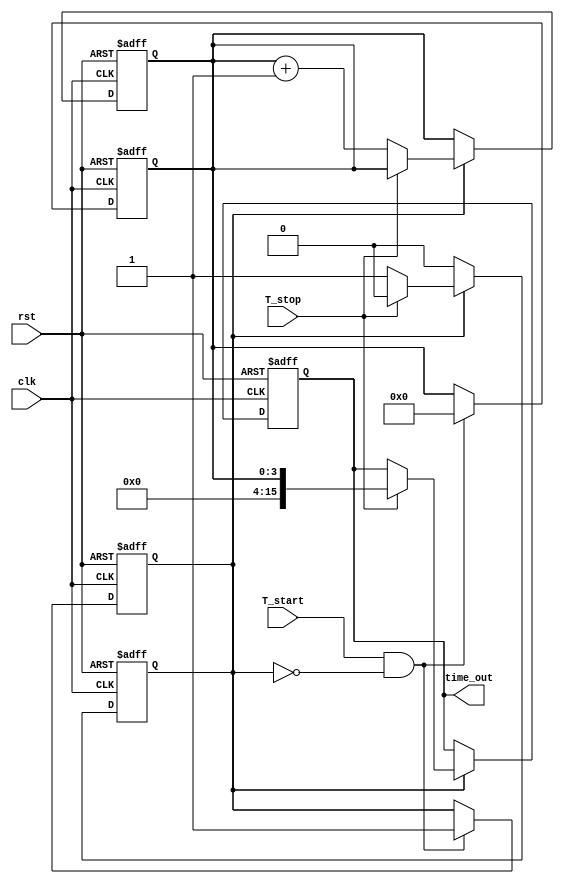
module TDC (
    input wire clk,            // Clock signal
    input wire rst,            // Reset signal
    input wire T_start,        // Start signal
    input wire T_stop,         // Stop signal
    output reg [15:0] time_out // 16-bit output for measured time interval
);

    // Parameters for delay line
    localparam DELAY_STAGES = 16; // Number of delay stages
    localparam DELAY_WIDTH = 4; // Width of counter for delay stages

    // Registers and wires
    reg [DELAY_WIDTH-1:0] count; // Counter for delay stages
    reg [DELAY_WIDTH-1:0] delay_line[0:DELAY_STAGES-1]; // Delay line
    reg measuring; // State flag for measurement
    integer i; // Loop variable

    // Generate delay line (simple inverter-based delay line)
    always @(posedge clk or posedge rst) begin
        if (rst) begin
            for (i = 0; i < DELAY_STAGES; i = i + 1) begin
                delay_line[i] <= 0;
            end
            count <= 0;
            time_out <= 0;
            measuring <= 0;
        end else begin
            // Shift the delay line
            for (i = DELAY_STAGES-1; i > 0; i = i - 1) begin
                delay_line[i] <= delay_line[i-1];
            end
            delay_line[0] <= T_start; // Load start signal into delay line

            // Counting logic
            if (measuring) begin
                if (T_stop) begin
                    measuring <= 0; // Stop counting on T_stop
                    time_out <= count; // Output measured time
                end else begin
                    count <= count + 1; // Increment count
                end
            end
        end
    end

    // Control logic for starting measurement
    always @(posedge clk or posedge rst) begin
        if (rst) begin
            measuring <= 0;
            count <= 0;
        end else begin
            if (T_start && !measuring) begin
                measuring <= 1; // Start measurement on T_start
                count <= 0; // Reset count
            end
        end
    end

endmodule